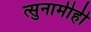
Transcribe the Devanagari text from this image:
त्सुनामीही